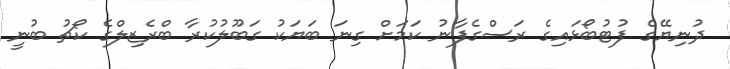
ދުނިޔޭގެ ފުޓުބޯޅައިގެ ރަސްގެފާނު ކަމަށް ގިނަ ބަޔަކު ގަބޫލުކުރާ ބްރެޒިލްގެ ކޯޗު ބުނީ